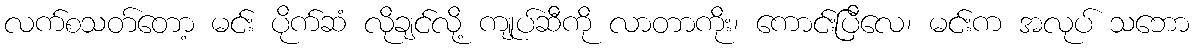
လက်စသတ်တော့ မင်း ပိုက်ဆံ လိုချင်လို့ ကျုပ်ဆီကို လာတာကိုး၊ ကောင်းပြီလေ၊ မင်းက အလုပ် သဘော